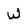
Character: W